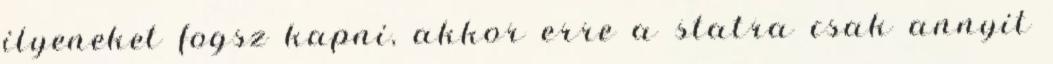
ilyeneket fogsz kapni, akkor erre a statra csak annyit